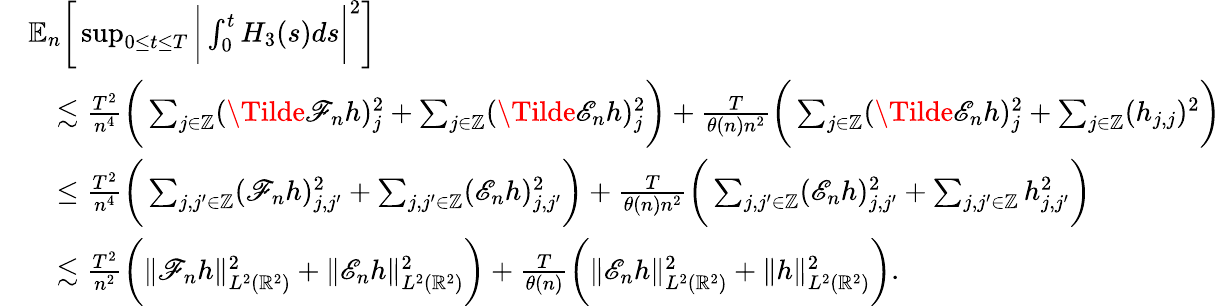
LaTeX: \begin{array}{rl}&{\mathbb{E}_{n}\bigg[\operatorname*{sup}_{0\le t\le T}\bigg|\int_{0}^{t}H_{3}(s)ds\bigg|^{2}\bigg]}\\ &{\quad\lesssim\frac{T^{2}}{n^{4}}\bigg(\sum_{j\in\mathbb{Z}}(\Tilde{\mathscr{F}}_{n}h)_{j}^{2}+\sum_{j\in\mathbb{Z}}(\Tilde{\mathscr{E}}_{n}h)_{j}^{2}\bigg)+\frac{T}{\theta(n)n^{2}}\bigg(\sum_{j\in\mathbb{Z}}(\Tilde{\mathscr{E}}_{n}h)_{j}^{2}+\sum_{j\in\mathbb{Z}}(h_{j,j})^{2}\bigg)}\\ &{\quad\le\frac{T^{2}}{n^{4}}\bigg(\sum_{j,j^{\prime}\in\mathbb{Z}}(\mathscr{F}_{n}h)_{j,j^{\prime}}^{2}+\sum_{j,j^{\prime}\in\mathbb{Z}}(\mathscr{E}_{n}h)_{j,j^{\prime}}^{2}\bigg)+\frac{T}{\theta(n)n^{2}}\bigg(\sum_{j,j^{\prime}\in\mathbb{Z}}(\mathscr{E}_{n}h)_{j,j^{\prime}}^{2}+\sum_{j,j^{\prime}\in\mathbb{Z}}h_{j,j^{\prime}}^{2}\bigg)}\\ &{\quad\lesssim\frac{T^{2}}{n^{2}}\bigg(\| \mathscr{F}_{n}h\| _{L^{2}(\mathbb{R}^{2})}^{2}+\| \mathscr{E}_{n}h\| _{L^{2}(\mathbb{R}^{2})}^{2}\bigg)+\frac{T}{\theta(n)}\bigg(\| \mathscr{E}_{n}h\| _{L^{2}(\mathbb{R}^{2})}^{2}+\| h\| _{L^{2}(\mathbb{R}^{2})}^{2}\bigg).}\end{array}